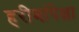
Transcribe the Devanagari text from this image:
हरीणांपेक्षा